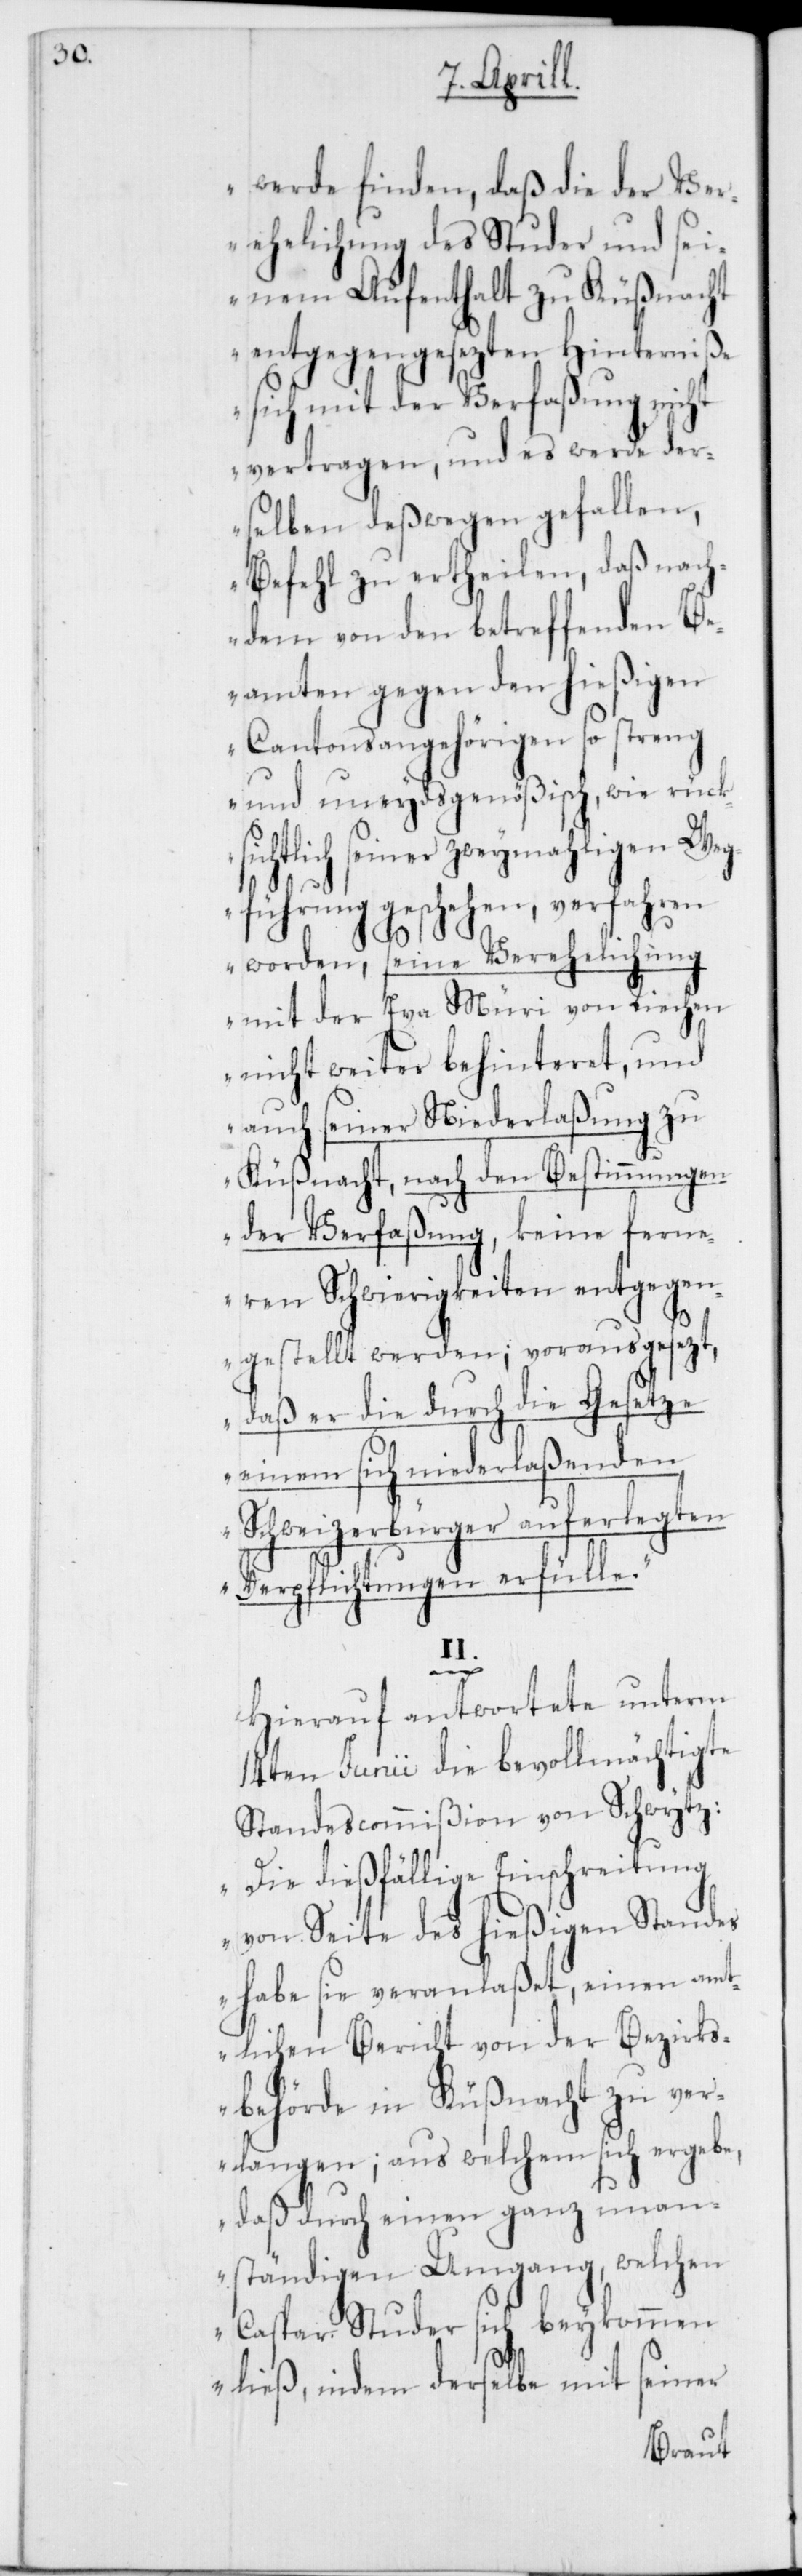
werde finden, daß die der Ver¬
ehelichung des Studer und sei¬
nem Aufenthalt zu Küßnacht
entgegengesezten Hinterniße
sich mit der Verfaßung nicht
vertragen, und es werde der¬
selben deßwegen gefallen,
Befehl zu ertheilen, daß nach¬
dem von den betreffenden Be¬
amten gegen den hießigen
Cantonsangehörigen so streng
und uneydsgenößisch, wie rücks¬
ichtlich seiner zweymahligen Weg¬
führung geschehen, verfahren
worden, seine Verehelichung
mit der Eva Müri von Riechen
nicht weiter behinderet, und
auch seiner Niederlaßung zu
Küßnacht, nach den Bestimmungen
der Verfaßung, keine ferne¬
ren Schwierigkeiten entgegen¬
gestellt werden; vorausgesezt,
daß er die durch die Gesetze
einem sich niederlaßenden
Schweizerbürger auferlegten
Verpflichtungen erfülle“.
II.
Hierauf antwortete unterm
14ten Junii die bevollmächtigte
Standescommißion von Schwytz:
„Die dießfällige Einschreitung
von Seite des hießigen Standes
habe sie veranlaßet, einen amt¬
lichen Bericht von der Bezirks¬
behörde in Küßnacht zu ver¬
langen; aus welchem sich ergebe,
daß durch einen ganz unan¬
ständigen Umgang, welchen
Caspar Studer sich beykommen
ließ, indem derselbe mit seiner